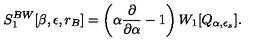
S _ { 1 } ^ { B W } [ \beta , \epsilon , r _ { B } ] = \left( \alpha { \frac { \partial } { \partial \alpha } } - 1 \right) W _ { 1 } [ Q _ { \alpha , \epsilon _ { z } } ] .